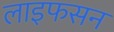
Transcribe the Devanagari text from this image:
लाइफसन